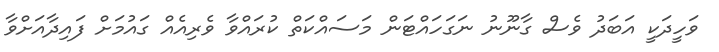
ވަހީދަކީ އަބަދު ވެސް ގާނޫނު ނަގަހައްޓަން މަސައްކަތް ކުރައްވާ ވެރިއެއް ގައުމަށް ފައިދާއަށްވާ